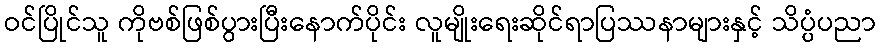
ဝင်ပြိုင်သူ ကိုဗစ်ဖြစ်ပွားပြီးနောက်ပိုင်း လူမျိုးရေးဆိုင်ရာပြဿနာများနှင့် သိပ္ပံပညာ